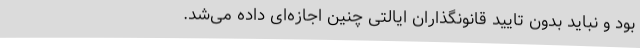
بود و نباید بدون تایید قانونگذاران ایالتی چنین اجازه‌ای داده می‌شد.